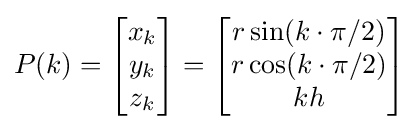
P(k)={\begin{bmatrix}x_{k}\\y_{k}\\z_{k}\\\end{bmatrix}}={\begin{bmatrix}r\sin(k\cdot \pi /2)\\r\cos(k\cdot \pi /2)\\kh\end{bmatrix}}